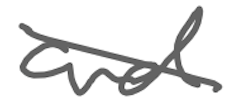
Text: and
Cross-out: diagonal
Writing tool: digital_gray